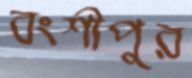
বংশীপুর